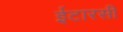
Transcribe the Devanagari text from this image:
ईटारसी